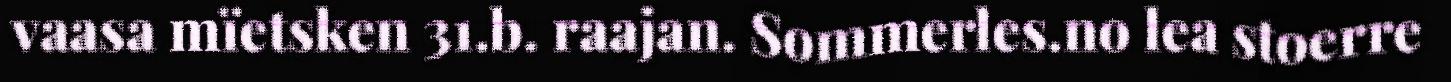
vaasa mïetsken 31.b. raajan. Sommerles.no lea stoerre